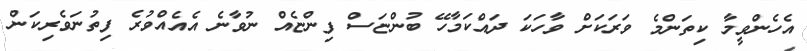
އެހެންވީމާ ކިތަންމެ ވަރަކަށް ވާހަކަ ދައްކަމާހޭ ބުންޏަސް ފިންޏެއް ނުވާނެ އެއެއްވުރެ ފިތުނަވެރިކަން